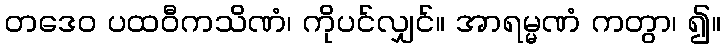
တဒေဝ ပထဝီကသိဏံ၊ ကိုပင်လျှင်။ အာရမ္မဏံ ကတွာ၊ ၍။